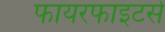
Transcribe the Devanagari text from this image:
फायरफाइटर्स